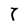
Character: 7